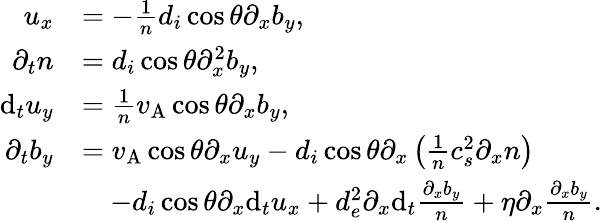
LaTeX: \begin{array}{rl}{u_{x}}&{=-\frac{1}{n}d_{i}\cos\theta\partial_{x}b_{y},}\\ {\partial_{t}n}&{=d_{i}\cos\theta\partial_{x}^{2}b_{y},}\\ {\mathrm{d}_{t}u_{y}}&{=\frac{1}{n}v_{\mathrm{A}}\cos\theta\partial_{x}b_{y},}\\ {\partial_{t}b_{y}}&{=v_{\mathrm{A}}\cos\theta\partial_{x}u_{y}-d_{i}\cos\theta\partial_{x}\left(\frac{1}{n}c_{s}^{2}\partial_{x}n\right)}\\ &{\quad-d_{i}\cos\theta\partial_{x}\mathrm{d}_{t}u_{x}+d_{e}^{2}\partial_{x}\mathrm{d}_{t}\frac{\partial_{x}b_{y}}{n}+\eta\partial_{x}\frac{\partial_{x}b_{y}}{n}.}\end{array}